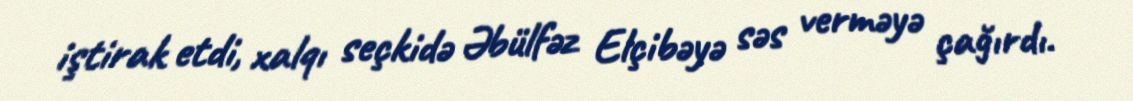
iştirak etdi, xalqı seçkidə Əbülfəz Elçibəyə səs verməyə çağırdı.